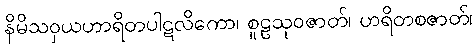
နိမိသဝှယဟာရိတပါဋလိကော၊ စူဠသုဝဇာတ်၊ ဟရိတစဇာတ်၊